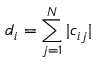
d _ { i } = \sum _ { j = 1 } ^ { N } | c _ { i j } |